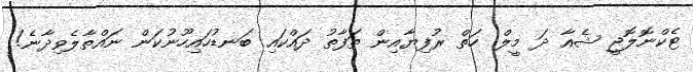
ޓެކްނޮލޮޖީ ޝެއާ ދަ މީލް: ހަތް ރުފިޔާއިން ތަފާތު ދައްކައި ބަނޑުހައިހޫނުކަން ނައްތާލެވިދާނެ!